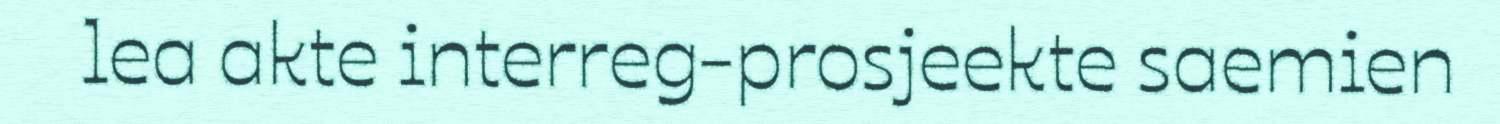
lea akte interreg-prosjeekte saemien